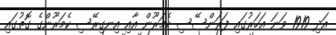
އަދި 1919 ވަނަ އަހަރުގައި ފަރަންސޭސި ކެމަރޫން އާއި އިނގިރޭސި ކެމަރޫންގެ ގޮތުގައި